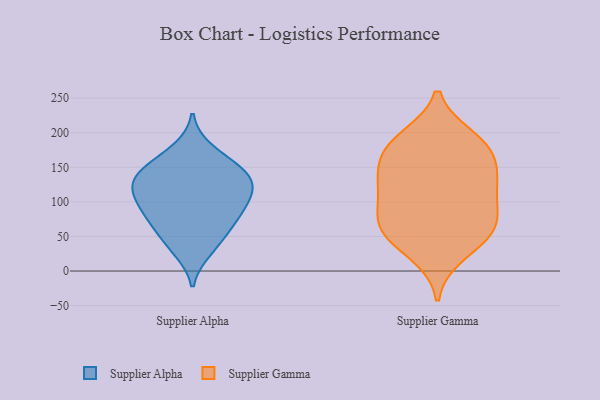
{"axis": {"x": "Backlog", "y": "Value"}, "legend": ["Supplier Alpha", "Supplier Gamma"], "data": [{"x": "", "y": 66, "type": "Supplier Alpha"}, {"x": "", "y": 121, "type": "Supplier Alpha"}, {"x": "", "y": 155, "type": "Supplier Alpha"}, {"x": "", "y": 143, "type": "Supplier Alpha"}, {"x": "", "y": 129, "type": "Supplier Alpha"}, {"x": "", "y": 98, "type": "Supplier Alpha"}, {"x": "", "y": 86, "type": "Supplier Alpha"}, {"x": "", "y": 92, "type": "Supplier Alpha"}, {"x": "", "y": 30, "type": "Supplier Alpha"}, {"x": "", "y": 146, "type": "Supplier Alpha"}, {"x": "", "y": 41, "type": "Supplier Alpha"}, {"x": "", "y": 69, "type": "Supplier Alpha"}, {"x": "", "y": 175, "type": "Supplier Alpha"}, {"x": "", "y": 116, "type": "Supplier Alpha"}, {"x": "", "y": 125, "type": "Supplier Alpha"}, {"x": "", "y": 72, "type": "Supplier Gamma"}, {"x": "", "y": 76, "type": "Supplier Gamma"}, {"x": "", "y": 146, "type": "Supplier Gamma"}, {"x": "", "y": 192, "type": "Supplier Gamma"}, {"x": "", "y": 55, "type": "Supplier Gamma"}, {"x": "", "y": 51, "type": "Supplier Gamma"}, {"x": "", "y": 173, "type": "Supplier Gamma"}, {"x": "", "y": 114, "type": "Supplier Gamma"}, {"x": "", "y": 139, "type": "Supplier Gamma"}, {"x": "", "y": 181, "type": "Supplier Gamma"}, {"x": "", "y": 63, "type": "Supplier Gamma"}, {"x": "", "y": 184, "type": "Supplier Gamma"}, {"x": "", "y": 25, "type": "Supplier Gamma"}, {"x": "", "y": 109, "type": "Supplier Gamma"}, {"x": "", "y": 128, "type": "Supplier Gamma"}]}